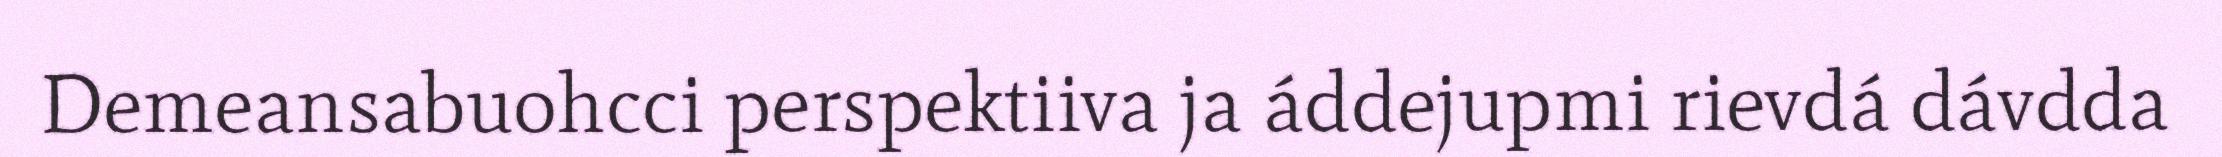
Demeansabuohcci perspektiiva ja áddejupmi rievdá dávdda